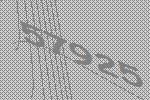
57925